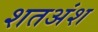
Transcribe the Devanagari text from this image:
शतअंश